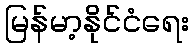
မြန်မာ့နိုင်ငံရေး